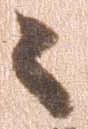
々